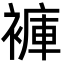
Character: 褲